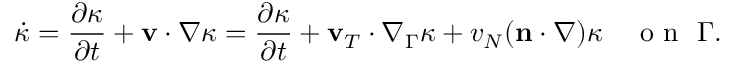
\dot { \kappa } = \frac { \partial \kappa } { \partial t } + \mathbf v \cdot \nabla \kappa = \frac { \partial \kappa } { \partial t } + \mathbf v _ { T } \cdot \nabla _ { \Gamma } \kappa + v _ { N } ( \mathbf n \cdot \nabla ) \kappa \quad \mathrm { ~ o ~ n ~ } ~ \Gamma .